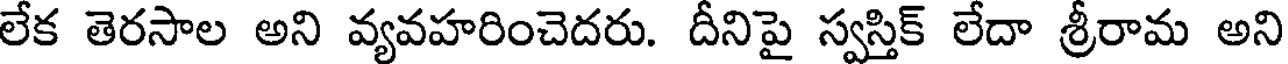
లేక తెరసాల అని వ్యవహరించెదరు. దీనిపై స్వస్తిక్ లేదా శ్రీరామ అని